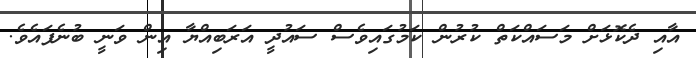
އާއި ދެކޮޅަށް މަސައްކަތް ކުރުން ކަމުގައިވެސް ސައުދީ އަރަބިއްޔާ އިން ވަނީ ބުނެފައެވެ.